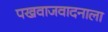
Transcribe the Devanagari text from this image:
पखवाजवादनाला